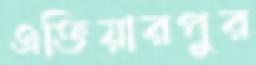
এক্তিয়ারপুর